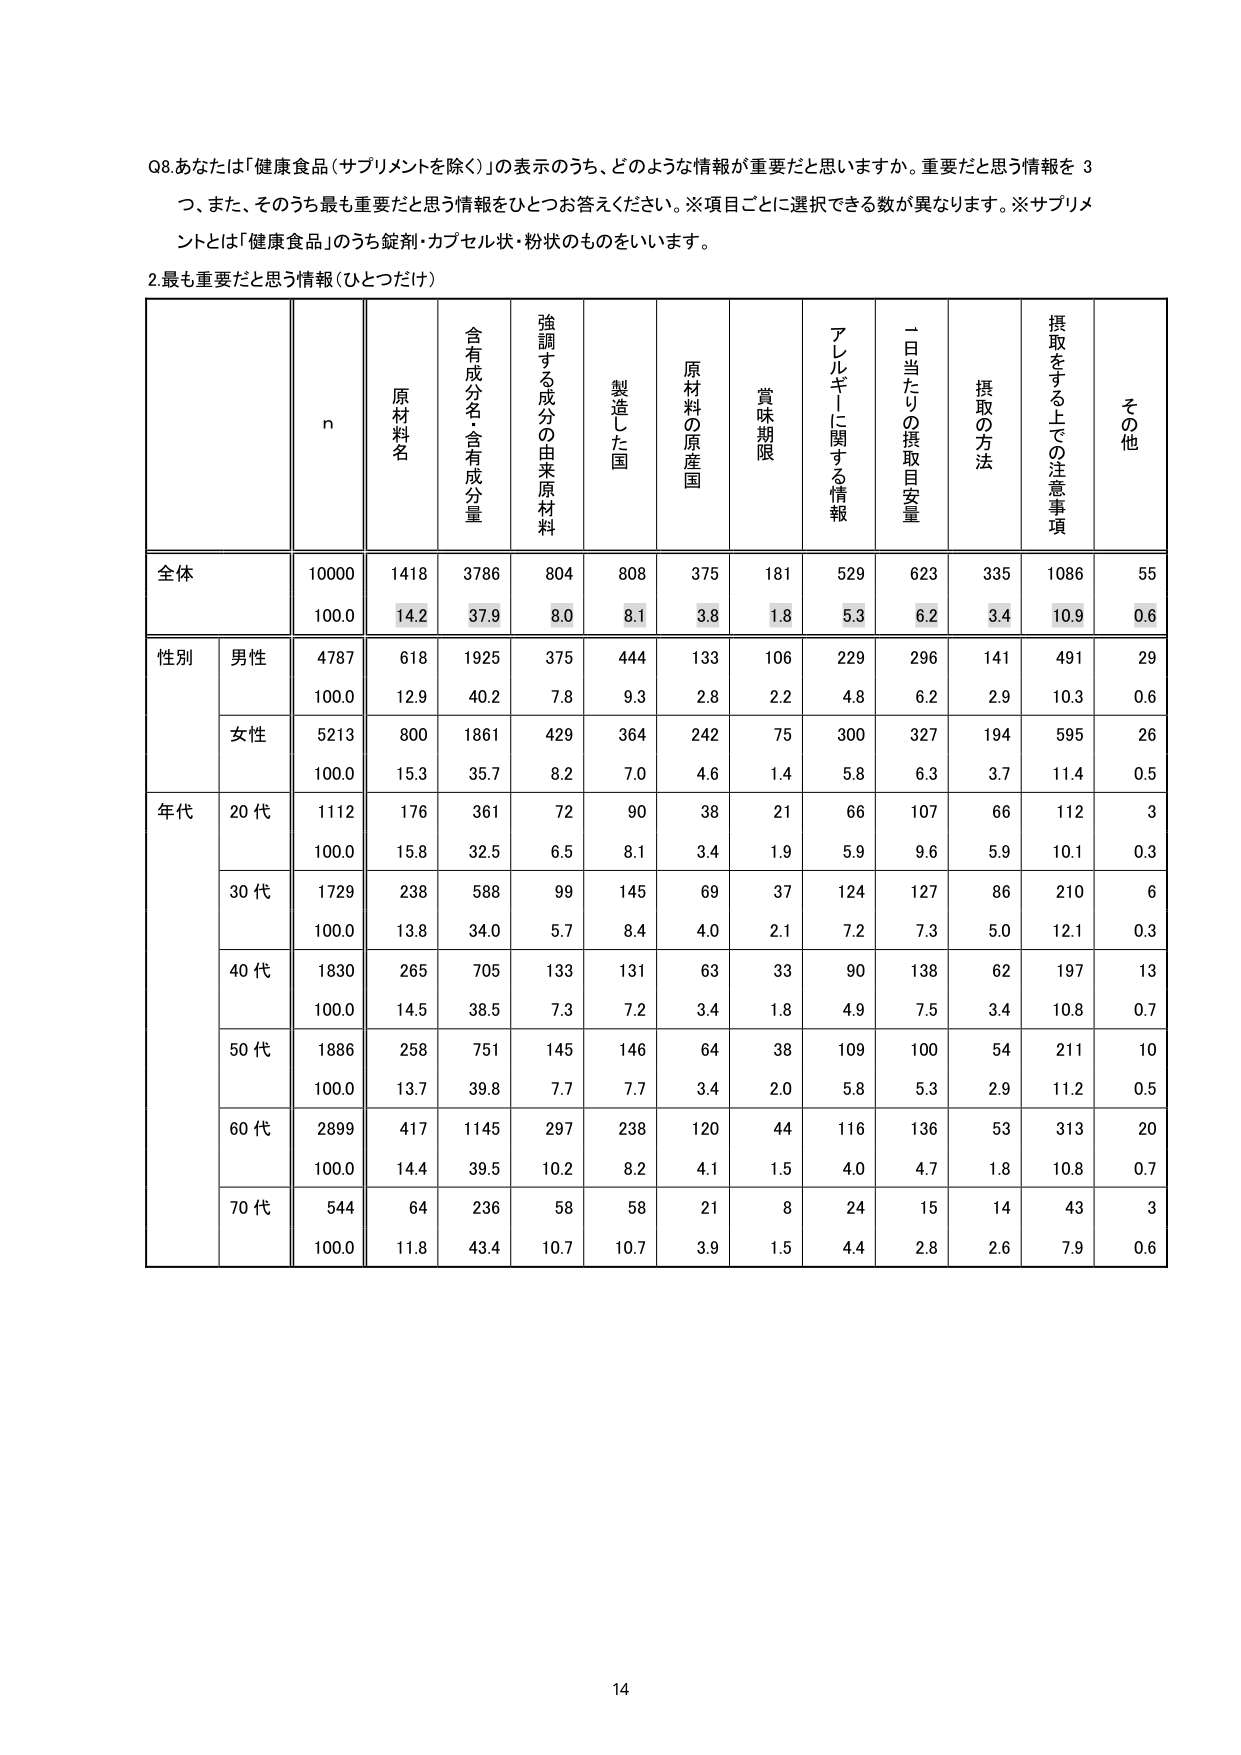
Q8.あなたは「健康食品（サプリメントを除く）」の表示のうち、どのような情報が重要だと思いますか。重要だと思う情報を3つ、また、そのうち最も重要だと思う情報をひとつお答えください。※項目ごとに選択できる数が異なります。※サプリメントとは「健康食品」のうち錠剤・カプセル状・粉状のものをいいます。

2.最も重要だと思う情報（ひとつだけ）

n
原材料名
含有成分名・含有成分量
強調する成分の由来原材料
製造した国
原材料の原産国
賞味期限
アレルギーに関する情報
一日当たりの摂取目安量
摂取の方法
摂取をする上での注意事項
その他

全体
10000
1418
3786
804
808
375
181
529
623
335
1086
55
100.0
14.2
37.9
8.0
8.1
3.8
1.8
5.3
6.2
3.4
10.9
0.6

性別
男性
4787
618
1925
375
444
133
106
229
296
141
491
29
100.0
12.9
40.2
7.8
9.3
2.8
2.2
4.8
6.2
2.9
10.3
0.6
女性
5213
800
1861
429
364
242
75
300
327
194
595
26
100.0
15.3
35.7
8.2
7.0
4.6
1.4
5.8
6.3
3.7
11.4
0.5

年代
20代
1112
176
361
72
90
38
21
66
107
66
112
3
100.0
15.8
32.5
6.5
8.1
3.4
1.9
5.9
9.6
5.9
10.1
0.3
30代
1729
238
588
99
145
69
37
124
127
86
210
6
100.0
13.8
34.0
5.7
8.4
4.0
2.1
7.2
7.3
5.0
12.1
0.3
40代
1830
265
705
133
131
63
33
90
138
62
197
13
100.0
14.5
38.5
7.3
7.2
3.4
1.8
4.9
7.5
3.4
10.8
0.7
50代
1886
258
751
145
146
64
38
109
100
54
211
10
100.0
13.7
39.8
7.7
7.7
3.4
2.0
5.8
5.3
2.9
11.2
0.5
60代
2899
417
1145
297
238
120
44
116
136
53
313
20
100.0
14.4
39.5
10.2
8.2
4.1
1.5
4.0
4.7
1.8
10.8
0.7
70代
544
64
236
58
58
21
8
24
15
14
43
3
100.0
11.8
43.4
10.7
10.7
3.9
1.5
4.4
2.8
2.6
7.9
0.6

14